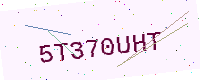
Text: 5T370UHT